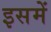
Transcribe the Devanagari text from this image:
इसमेें